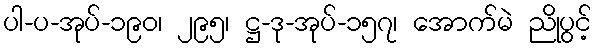
ပါ-ပ-အုပ်-၁၉၀၊ ၂၉၅၊ ဋ္ဌ-ဒု-အုပ်-၁၅၇၊ အောက်မဲ ညိုပွင့်